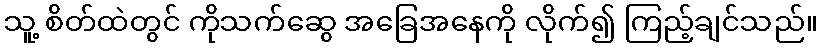
သူ့ စိတ်ထဲတွင် ကိုသက်ဆွေ အခြေအနေကို လိုက်၍ ကြည့်ချင်သည်။